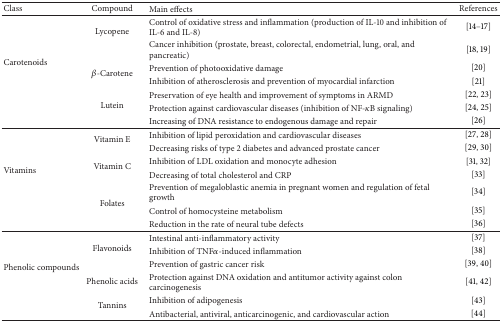
<table><thead><tr><td><b>Class</b></td><td><b>Compound</b></td><td><b>Main effects</b></td><td><b>References </b></td></tr></thead><tbody><tr><td rowspan="7">Carotenoids</td><td rowspan="2">Lycopene</td><td>Control of oxidative stress and inflammation (production of IL-10 and inhibition of IL-6 and IL-8)</td><td>[14–17]</td></tr><tr><td>Cancer inhibition (prostate, breast, colorectal, endometrial, lung, oral, and pancreatic)</td><td>[18, 19]</td></tr><tr><td rowspan="2"><i>β</i>-Carotene</td><td>Prevention of photooxidative damage</td><td>[20]</td></tr><tr><td>Inhibition of atherosclerosis and prevention of myocardial infarction</td><td>[21]</td></tr><tr><td rowspan="3">Lutein</td><td>Preservation of eye health and improvement of symptoms in ARMD</td><td>[22, 23]</td></tr><tr><td>Protection against cardiovascular diseases (inhibition of NF-<i>κ</i>B signaling)</td><td>[24, 25]</td></tr><tr><td>Increasing of DNA resistance to endogenous damage and repair</td><td>[26]</td></tr><tr><td rowspan="7">Vitamins</td><td rowspan="2">Vitamin E</td><td>Inhibition of lipid peroxidation and cardiovascular diseases </td><td>[27, 28]</td></tr><tr><td>Decreasing risks of type 2 diabetes and advanced prostate cancer</td><td>[29, 30]</td></tr><tr><td rowspan="2">Vitamin C</td><td>Inhibition of LDL oxidation and monocyte adhesion </td><td>[31, 32]</td></tr><tr><td>Decreasing of total cholesterol and CRP </td><td>[33]</td></tr><tr><td rowspan="3">Folates</td><td>Prevention of megaloblastic anemia in pregnant women and regulation of fetal growth</td><td>[34]</td></tr><tr><td>Control of homocysteine metabolism</td><td>[35]</td></tr><tr><td>Reduction in the rate of neural tube defects</td><td>[36]</td></tr><tr><td rowspan="6">Phenolic compounds</td><td rowspan="3">Flavonoids</td><td>Intestinal anti-inflammatory activity</td><td>[37]</td></tr><tr><td>Inhibition of TNF<i>α</i>-induced inflammation </td><td>[38]</td></tr><tr><td>Prevention of gastric cancer risk</td><td>[39, 40]</td></tr><tr><td>Phenolic acids</td><td>Protection against DNA oxidation and antitumor activity against colon carcinogenesis</td><td>[41, 42]</td></tr><tr><td rowspan="2">Tannins</td><td>Inhibition of adipogenesis </td><td>[43]</td></tr><tr><td>Antibacterial, antiviral, anticarcinogenic, and cardiovascular action </td><td>[44]</td></tr></tbody></table>